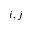
i , j